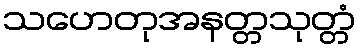
သဟေတုအနတ္တသုတ္တံ